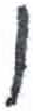
אות: ו